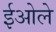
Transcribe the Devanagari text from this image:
ईओले